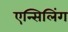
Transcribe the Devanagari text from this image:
एन्सिलिंग